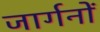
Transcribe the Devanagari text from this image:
जार्गनों